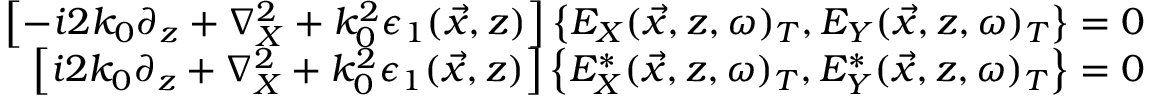
\begin{array} { r } { \left[ - i 2 k _ { 0 } \partial _ { z } + \nabla _ { X } ^ { 2 } + k _ { 0 } ^ { 2 } \epsilon _ { 1 } ( \vec { x } , z ) \right] \left\{ E _ { X } ( \vec { x } , z , \omega ) _ { T } , E _ { Y } ( \vec { x } , z , \omega ) _ { T } \right\} = 0 } \\ { \left[ i 2 k _ { 0 } \partial _ { z } + \nabla _ { X } ^ { 2 } + k _ { 0 } ^ { 2 } \epsilon _ { 1 } ( \vec { x } , z ) \right] \left\{ E _ { X } ^ { * } ( \vec { x } , z , \omega ) _ { T } , E _ { Y } ^ { * } ( \vec { x } , z , \omega ) _ { T } \right\} = 0 } \end{array}